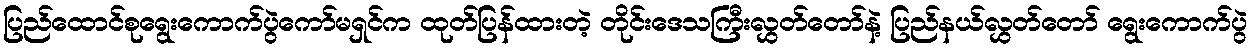
ပြည်ထောင်စုရွေးကောက်ပွဲကော်မရှင်က ထုတ်ပြန်ထားတဲ့ တိုင်းဒေသကြီးလွှတ်တော်နဲ့ ပြည်နယ်လွှတ်တော် ရွေးကောက်ပွဲ